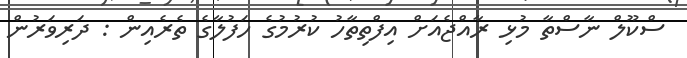
ސްކޫލް ނާސްތާ މުޅި ރާއްޖެއަށް އިފްތިތާހު ކުރުުމުގެ ހަފުލާގެ ތެރެއިން : ދަރިވަރުން